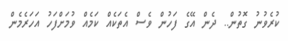
ކުރެވުނު ގޮތުން.. ދެން އޭގެ ފަހުން ވެސް އެތަކެއް ކަމެއް ވުމަށްފަހު އަހަރެމެން